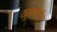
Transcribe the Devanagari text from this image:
ट्यूबलाईट